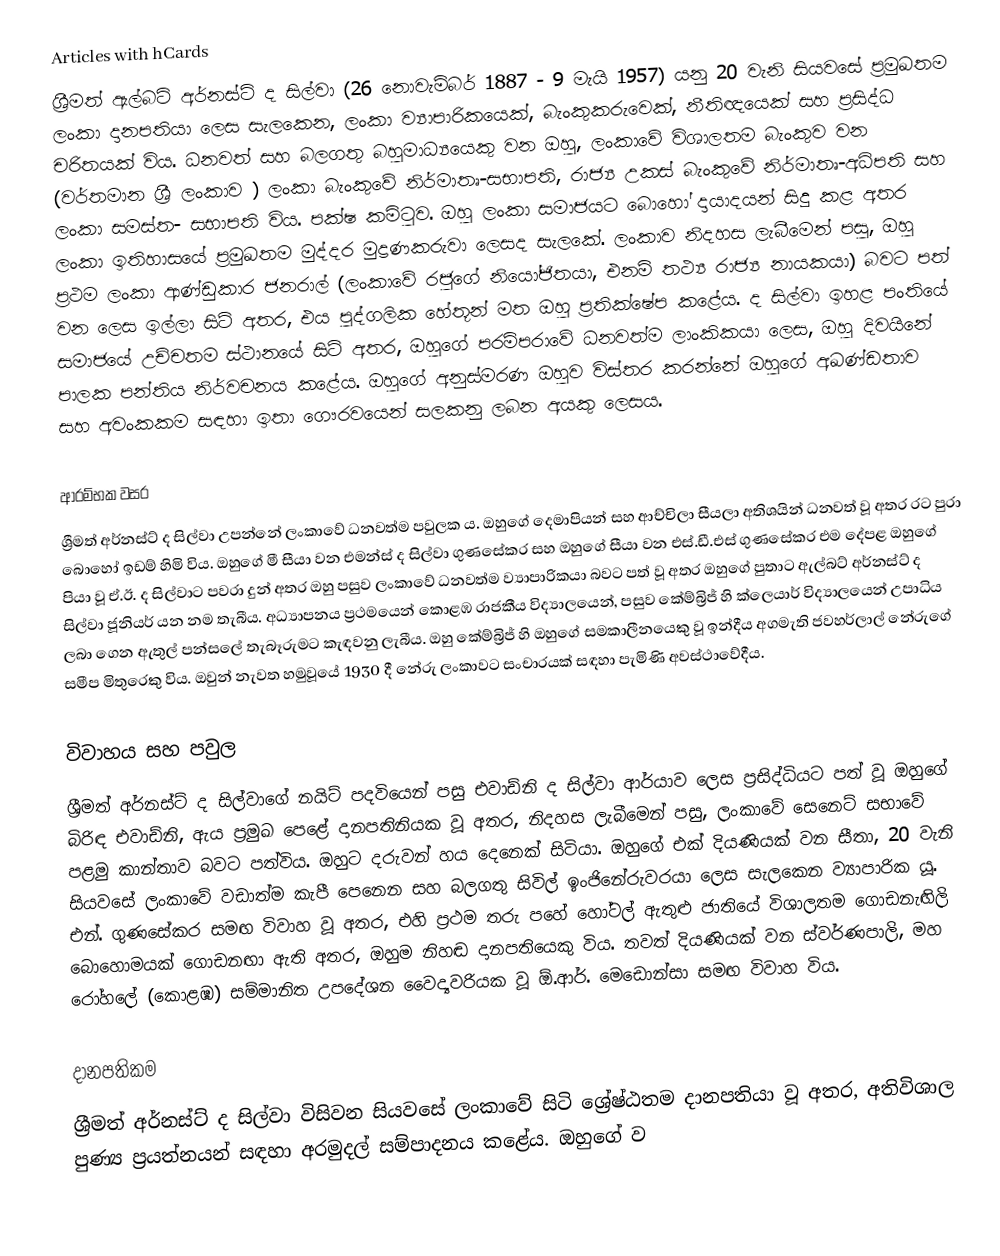
Articles with hCards
ශ්‍රීමත් ඇල්බට් අර්නස්ට් ද සිල්වා (26 නොවැම්බර් 1887 - 9 මැයි 1957) යනු 20 වැනි සියවසේ ප්‍රමුඛතම ලංකා දානපතියා ලෙස සැලකෙන, ලංකා ව්‍යාපාරිකයෙක්, බැංකුකරුවෙක්, නීතිඥයෙක් සහ ප්‍රසිද්ධ චරිතයක් විය.  ධනවත් සහ බලගතු බහුමාධ්‍යයෙකු වන ඔහු, ලංකාවේ විශාලතම බැංකුව වන (වර්තමාන ශ්‍රී ලංකාව ) ලංකා බැංකුවේ නිර්මාතෘ-සභාපති,  රාජ්‍ය උකස් බැංකුවේ නිර්මාතෘ-අධිපති සහ ලංකා සමස්ත- සභාපති විය. පක්ෂ කමිටුව. ඔහු ලංකා සමාජයට බොහෝ දායාදයන් සිදු කළ අතර ලංකා ඉතිහාසයේ ප්‍රමුඛතම මුද්දර මුද්‍රණකරුවා ලෙසද සැලකේ.  ලංකාව නිදහස ලැබීමෙන් පසු, ඔහු ප්‍රථම ලංකා ආණ්ඩුකාර ජනරාල් (ලංකාවේ රජුගේ නියෝජිතයා, එනම් තථ්‍ය රාජ්‍ය නායකයා) බවට පත් වන ලෙස ඉල්ලා සිටි අතර, එය පුද්ගලික හේතූන් මත ඔහු ප්‍රතික්ෂේප කළේය.  ද සිල්වා ඉහළ පංතියේ සමාජයේ උච්චතම ස්ථානයේ සිටි අතර, ඔහුගේ පරම්පරාවේ ධනවත්ම ලාංකිකයා ලෙස, ඔහු දිවයිනේ පාලක පන්තිය නිර්වචනය කළේය. ඔහුගේ අනුස්මරණ ඔහුව විස්තර කරන්නේ ඔහුගේ අඛණ්ඩතාව සහ අවංකකම සඳහා ඉතා ගෞරවයෙන් සලකනු ලබන අයකු ලෙසය.

ආරම්භක වසර
ශ්‍රීමත් අර්නස්ට් ද සිල්වා උපන්නේ ලංකාවේ ධනවත්ම පවුලක ය. ඔහුගේ දෙමාපියන් සහ ආච්චිලා සීයලා අතිශයින් ධනවත් වූ අතර රට පුරා බොහෝ ඉඩම් හිමි විය. ඔහුගේ මී සීයා වන එමන්ස් ද සිල්වා ගුණසේකර සහ ඔහුගේ සීයා වන එස්.ඩී.එස් ගුණසේකර එම දේපළ ඔහුගේ පියා වූ ඒ.ඊ. ද සිල්වාට පවරා දුන් අතර ඔහු පසුව ලංකාවේ ධනවත්ම ව්‍යාපාරිකයා බවට පත් වූ අතර ඔහුගේ පුතාට ඇල්බට් අර්නස්ට් ද සිල්වා ජූනියර් යන නම තැබීය. අධ්‍යාපනය ප්‍රථමයෙන් කොළඹ රාජකීය විද්‍යාලයෙන්, පසුව කේම්බ්‍රිජ් හි ක්ලෙයාර් විද්‍යාලයෙන් උපාධිය ලබා ගෙන ඇතුල් පන්සලේ තැබෑරුමට කැඳවනු ලැබීය.  ඔහු කේම්බ්‍රිජ් හි ඔහුගේ සමකාලීනයෙකු වූ ඉන්දීය අගමැති ජවහර්ලාල් නේරුගේ සමීප මිතුරෙකු විය. ඔවුන් නැවත හමුවූයේ 1930 දී නේරු ලංකාවට සංචාරයක් සඳහා පැමිණි අවස්ථාවේදීය.

විවාහය සහ පවුල
ශ්‍රීමත් අර්නස්ට් ද සිල්වාගේ නයිට් පදවියෙන් පසු එවාඩ්නි ද සිල්වා ආර්යාව ලෙස ප්‍රසිද්ධියට පත් වූ ඔහුගේ බිරිඳ එවාඩ්නි, ඇය ප්‍රමුඛ පෙළේ දානපතිනියක වූ අතර, නිදහස ලැබීමෙන් පසු, ලංකාවේ සෙනෙට් සභාවේ පළමු කාන්තාව බවට පත්විය. ඔහුට දරුවන් හය දෙනෙක් සිටියා. ඔහුගේ එක් දියණියක් වන සීතා, 20 වැනි සියවසේ ලංකාවේ වඩාත්ම කැපී පෙනෙන සහ බලගතු සිවිල් ඉංජිනේරුවරයා ලෙස සැලකෙන ව්‍යාපාරික යූ. එන්. ගුණසේකර සමඟ විවාහ වූ අතර, එහි ප්‍රථම තරු පහේ හෝටල් ඇතුළු ජාතියේ විශාලතම ගොඩනැඟිලි බොහොමයක් ගොඩනඟා ඇති අතර, ඔහුම නිහඬ දානපතියෙකු විය. තවත් දියණියක් වන ස්වර්ණපාලි, මහ රෝහලේ (කොළඹ) සම්මානිත උපදේශන වෛද්‍යවරියක වූ ඕ.ආර්. මෙඩොන්සා සමඟ විවාහ විය.

දානපතිකම
ශ්‍රීමත් අර්නස්ට් ද සිල්වා විසිවන සියවසේ ලංකාවේ සිටි ශ්‍රේෂ්ඨතම දානපතියා වූ අතර, අතිවිශාල පුණ්‍ය ප්‍රයත්නයන් සඳහා අරමුදල් සම්පාදනය කළේය.  ඔහුගේ ව